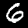
Label: 6